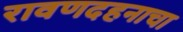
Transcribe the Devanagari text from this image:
रावणदहनाचा